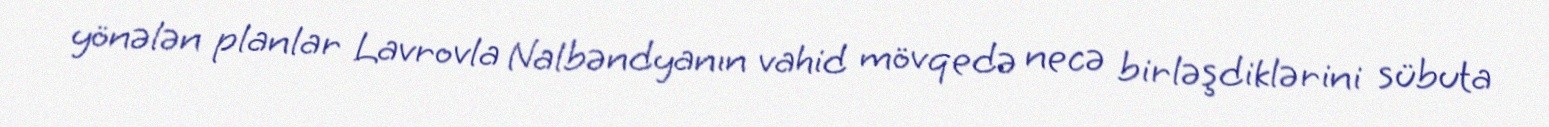
yönələn planlar Lavrovla Nalbəndyanın vahid mövqedə necə birləşdiklərini sübuta